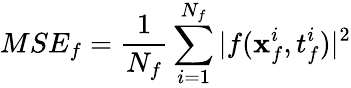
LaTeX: MSE_{f}=\frac{1}{N_{f}}\sum_{i=1}^{N_{f}}|f(\mathbf{x}_{f}^{i},t_{f}^{i})|^{2}